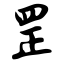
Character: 罡